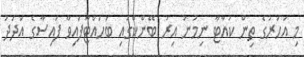
މި އަހަރުގެ ތިން ކުއާޓާ ނިމުނު އިރު ބޭންކްގައި ބަހައްޓާފައިވާ ފައިސާގެ އަދަދު